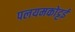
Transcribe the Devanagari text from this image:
पलयमकोट्टई